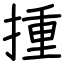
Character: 揰